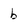
Character: b